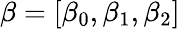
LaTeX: \beta=[\beta_{0},\beta_{1},\beta_{2}]